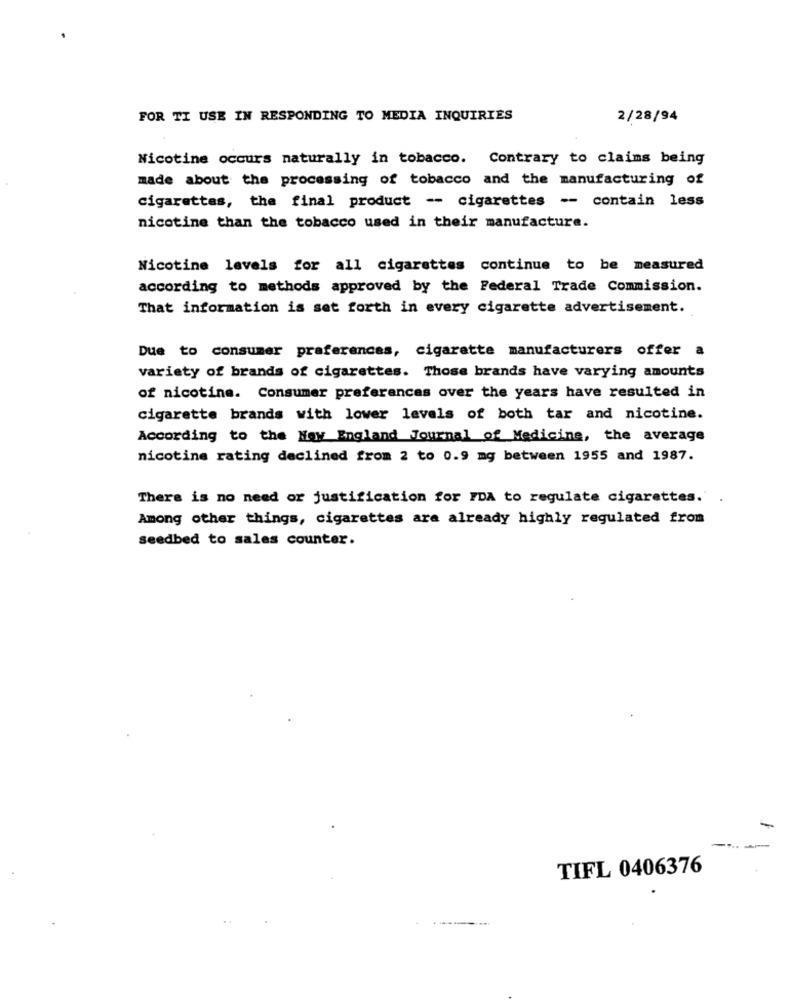
FOR TI USE IN RESPONDING TO MEDIA INQUIRIES
2/28/94
Nicotine occurs naturally in tobacco. Contrary to claims being
made about the processing of tobacco and the manufacturing of
cigarettes, the final product -- cigarettes -- contain less
nicotine than the tobacco used in their manufacture.
Nicotine levels for all cigarettes continue to be measured
according to methods approved by the Federal Trade Commission.
That information is set forth in every cigarette advertisement.
Due to consumer praferences, cigarette manufacturers offer a
variety of brands of cigarettes. Those brands have varying amounts
of nicotine. Consumer preferences over the years have resulted in
cigarette brands with lower levels of both tar and nicotine.
According to the May England Journal of Medicine, the average
nicotine rating declined from 2 to 0.9 mg between 1955 and 1987.
There is no need or justification for FDA to regulate cigarettes.
Among other things, cigarettes are already highly regulated from
seedbed to sales counter.
TIFL 0406376